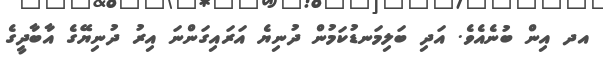
އދ އިން ބުނެއެވެ. އަދި ބަލިމަނޑުކަމުން ދުނިޔެ އަރައިގަންނަ އިރު ދުނިޔޭގެ އާބާދީގެ